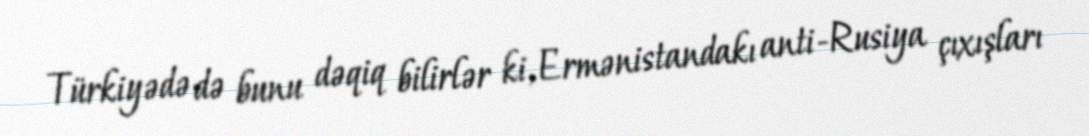
Türkiyədə də bunu dəqiq bilirlər ki, Ermənistandakı anti-Rusiya çıxışları